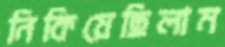
নিকিয়েছিলাম